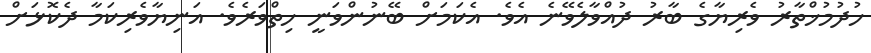
ހުދުމުޚްތާރު ވެރިޔާގެ ބާރު ދުއްވާލެވޭނެ އެވެ. އެކަމަށް ބޭނުންވަނީ ހިތްވަރެވެ. އަނިޔާވެރިކަމާ ދެކޮޅަށް